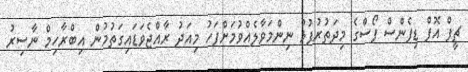
ޗީފް އޮފް ޑިފެންސް ފޯސްގެ މިދަތުރުފުޅު ނިންމަވާލެއްވުމަށްފަހު މިއަދު ރާއްޖެވަޑައިގަތުމުން އިބްރާހިމް ނާސިރު